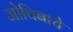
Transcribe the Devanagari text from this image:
जोचिबाचे